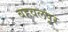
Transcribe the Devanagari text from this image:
बहवलपूर